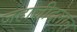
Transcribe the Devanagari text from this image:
जहाजीदलाल